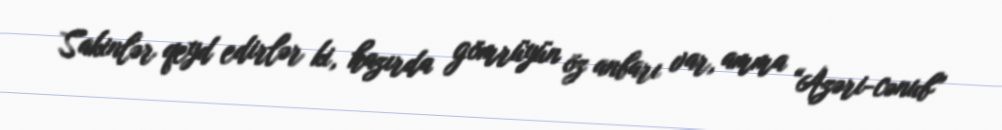
Sakinlər qeyd edirlər ki, hazırda gömrüyün öz anbarı var, amma “Azəri-cənub”